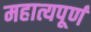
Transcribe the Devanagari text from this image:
महात्यपूर्ण